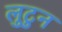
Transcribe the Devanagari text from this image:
लुटुन